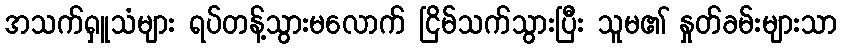
အသက်ရှူသံများ ရပ်တန့်သွားမလောက် ငြိမ်သက်သွားပြီး သူမ၏ နှုတ်ခမ်းများသာ